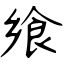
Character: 飨